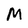
Character: M